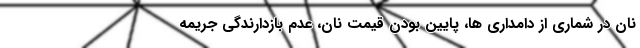
نان در شماری از دامداری ها، پایین بودن قیمت نان، عدم بازدارندگی جریمه